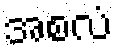
အစလံ